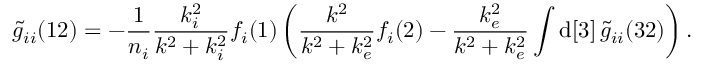
\widetilde { g } _ { i i } ( 1 2 ) = - \frac { 1 } { n _ { i } } \frac { k _ { i } ^ { 2 } } { k ^ { 2 } + k _ { i } ^ { 2 } } f _ { i } ( 1 ) \left( \frac { k ^ { 2 } } { k ^ { 2 } + k _ { e } ^ { 2 } } f _ { i } ( 2 ) - \frac { k _ { e } ^ { 2 } } { k ^ { 2 } + k _ { e } ^ { 2 } } \int \mathrm { d } [ 3 ] \, \widetilde { g } _ { i i } ( 3 2 ) \right) .